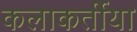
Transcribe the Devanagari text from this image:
कलाकर्तीया